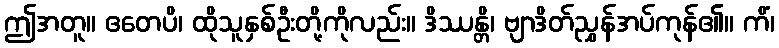
ဤအတူ။ ဧတေပိ၊ ထိုသူနှစ်ဦးတို့ကိုလည်း။ ဒိဿန္တိ၊ ဗျာဒိတ်ညွှန်အပ်ကုန်၏။ ကိံ၊